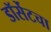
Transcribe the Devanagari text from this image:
डॉर्सेटचा